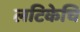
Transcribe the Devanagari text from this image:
लटिकेचि